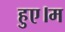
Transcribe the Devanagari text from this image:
हुए।म